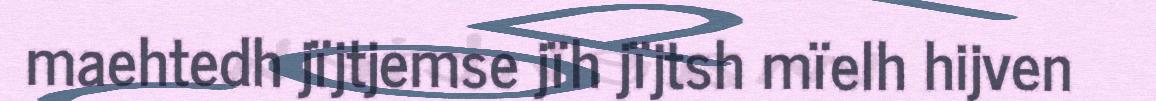
maehtedh jïjtjemse jïh jïjtsh mïelh hijven